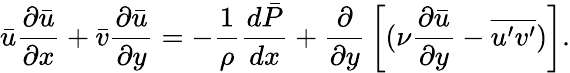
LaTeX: {\bar{u}}{\frac{\partial{\bar{u}}}{\partial x}}+{\bar{v}}{\frac{\partial{\bar{u}}}{\partial y}}=-{\frac{1}{\rho}}{\frac{d{\bar{P}}}{dx}}+{\frac{\partial}{\partial y}}\left[(\nu{\frac{\partial{\bar{u}}}{\partial y}}-{\overline{{u^{\prime}v^{\prime}}}})\right].